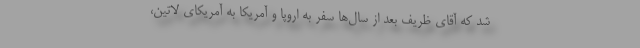
شد که آقای ظریف بعد از سال‌ها سفر به اروپا و آمریکا به آمریکای لاتین،